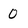
Character: 0